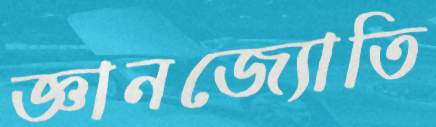
জ্ঞানজ্যোতি